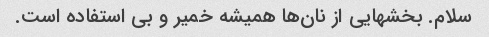
سلام. بخشهایی از نان‌ها همیشه خمیر و بی استفاده است.